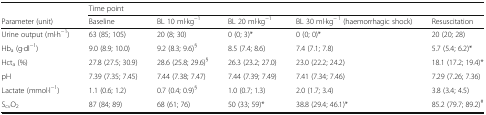
|  | <COLSPAN=5> Time point |
 | Parameter (unit) | Baseline | BL 10 ml∙kg−1 | BL 20 ml∙kg−1 | BL 30 ml∙kg− 1 (haemorrhagic shock) | Resuscitation |
 | --- | --- | --- | --- | --- | --- |
 | Urine output (ml∙h−1) | 63 (85; 105) | 20 (8; 30) | 0 (0; 3)* | 0 (0; 0)* | 20 (20; 28) |
 | Hba (g∙dl−1) | 9.0 (8.9; 10.0) | 9.2 (8.3; 9.6)§ | 8.5 (7.4; 8.6) | 7.4 (7.1; 7.8) | 5.7 (5.4; 6.2)* |
 | Hcta (%) | 27.8 (27.5; 30.9) | 28.6 (25.8; 29.6)§ | 26.3 (23.2; 27.0) | 23.0 (22.2; 24.2) | 18.1 (17.2; 19.4)* |
 | pH | 7.39 (7.35; 7.45) | 7.44 (7.38; 7.47) | 7.44 (7.39; 7.49) | 7.41 (7.34; 7.46) | 7.29 (7.26; 7.36) |
 | Lactate (mmol∙l−1) | 1.1 (0.6; 1.2) | 0.7 (0.4; 0.9)§ | 1.0 (0.7; 1.3) | 2.0 (1.7; 3.4) | 3.8 (3.4; 4.5) |
 | ScvO2 | 87 (84; 89) | 68 (61; 76) | 50 (33; 59)* | 38.8 (29.4; 46.1)* | 85.2 (79.7; 89.2)# |